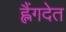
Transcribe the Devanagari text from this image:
ह्लैंगदेत